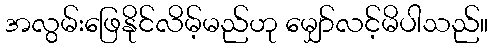
အလွမ်းဖြေနိုင်လိမ့်မည်ဟု မျှော်လင့်မိပါသည်။